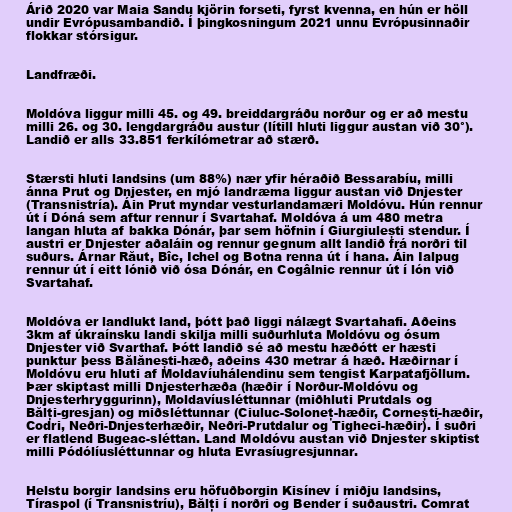
Árið 2020 var Maia Sandu kjörin forseti, fyrst kvenna, en hún er höll
undir Evrópusambandið. Í þingkosningum 2021 unnu Evrópusinnaðir
flokkar stórsigur.

Landfræði.

Moldóva liggur milli 45. og 49. breiddargráðu norður og er að mestu
milli 26. og 30. lengdargráðu austur (lítill hluti liggur austan við 30°).
Landið er alls 33.851 ferkílómetrar að stærð.

Stærsti hluti landsins (um 88%) nær yfir héraðið Bessarabíu, milli
ánna Prut og Dnjester, en mjó landræma liggur austan við Dnjester
(Transnistría). Áin Prut myndar vesturlandamæri Moldóvu. Hún rennur
út í Dóná sem aftur rennur í Svartahaf. Moldóva á um 480 metra
langan hluta af bakka Dónár, þar sem höfnin í Giurgiulești stendur. Í
austri er Dnjester aðaláin og rennur gegnum allt landið frá norðri til
suðurs. Árnar Răut, Bîc, Ichel og Botna renna út í hana. Áin Ialpug
rennur út í eitt lónið við ósa Dónár, en Cogâlnic rennur út í lón við
Svartahaf.

Moldóva er landlukt land, þótt það liggi nálægt Svartahafi. Aðeins
3km af úkraínsku landi skilja milli suðurhluta Moldóvu og ósum
Dnjester við Svarthaf. Þótt landið sé að mestu hæðótt er hæsti
punktur þess Bălănești-hæð, aðeins 430 metrar á hæð. Hæðirnar í
Moldóvu eru hluti af Moldavíuhálendinu sem tengist Karpatafjöllum.
Þær skiptast milli Dnjesterhæða (hæðir í Norður-Moldóvu og
Dnjesterhryggurinn), Moldavíusléttunnar (miðhluti Prutdals og
Bălți-gresjan) og miðsléttunnar (Ciuluc-Soloneț-hæðir, Cornești-hæðir,
Codri, Neðri-Dnjesterhæðir, Neðri-Prutdalur og Tigheci-hæðir). Í suðri
er flatlend Bugeac-sléttan. Land Moldóvu austan við Dnjester skiptist
milli Pódólíusléttunnar og hluta Evrasíugresjunnar.

Helstu borgir landsins eru höfuðborgin Kisínev í miðju landsins,
Tíraspol (í Transnistríu), Bălți í norðri og Bender í suðaustri. Comrat